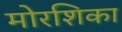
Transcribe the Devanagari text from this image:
मोरशिका